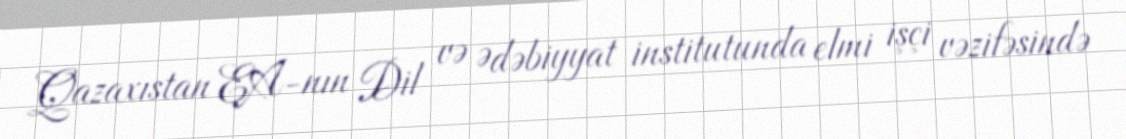
Qazaxıstan EA-nın Dil və Ədəbiyyat institutunda elmi işçi vəzifəsində